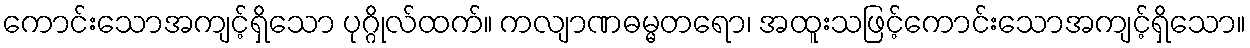
ကောင်းသောအကျင့်ရှိသော ပုဂ္ဂိုလ်ထက်။ ကလျာဏဓမ္မတရော၊ အထူးသဖြင့်ကောင်းသောအကျင့်ရှိသော။